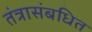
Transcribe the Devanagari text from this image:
तंत्रासंबधित